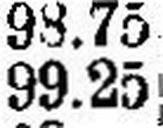
99.25